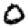
Digit: 0